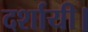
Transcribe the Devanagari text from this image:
दर्शायी।